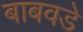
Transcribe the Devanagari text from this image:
बाबवडे